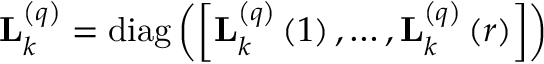
\begin{array} { r } { \mathbf { L } _ { k } ^ { \left( q \right) } = \operatorname { d i a g } \left( \left[ \mathbf { L } _ { k } ^ { \left( q \right) } \left( 1 \right) , \ldots , \mathbf { L } _ { k } ^ { \left( q \right) } \left( r \right) \right] \right) } \end{array}